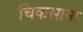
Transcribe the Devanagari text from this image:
चिकसाना